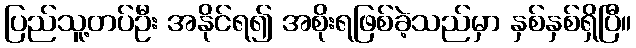
ပြည်သူ့တပ်ဦး အနိုင်ရ၍ အစိုးရဖြစ်ခဲ့သည်မှာ နှစ်နှစ်ရှိပြီ။